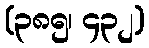
(၃၈၅၊ ၄၃၂)